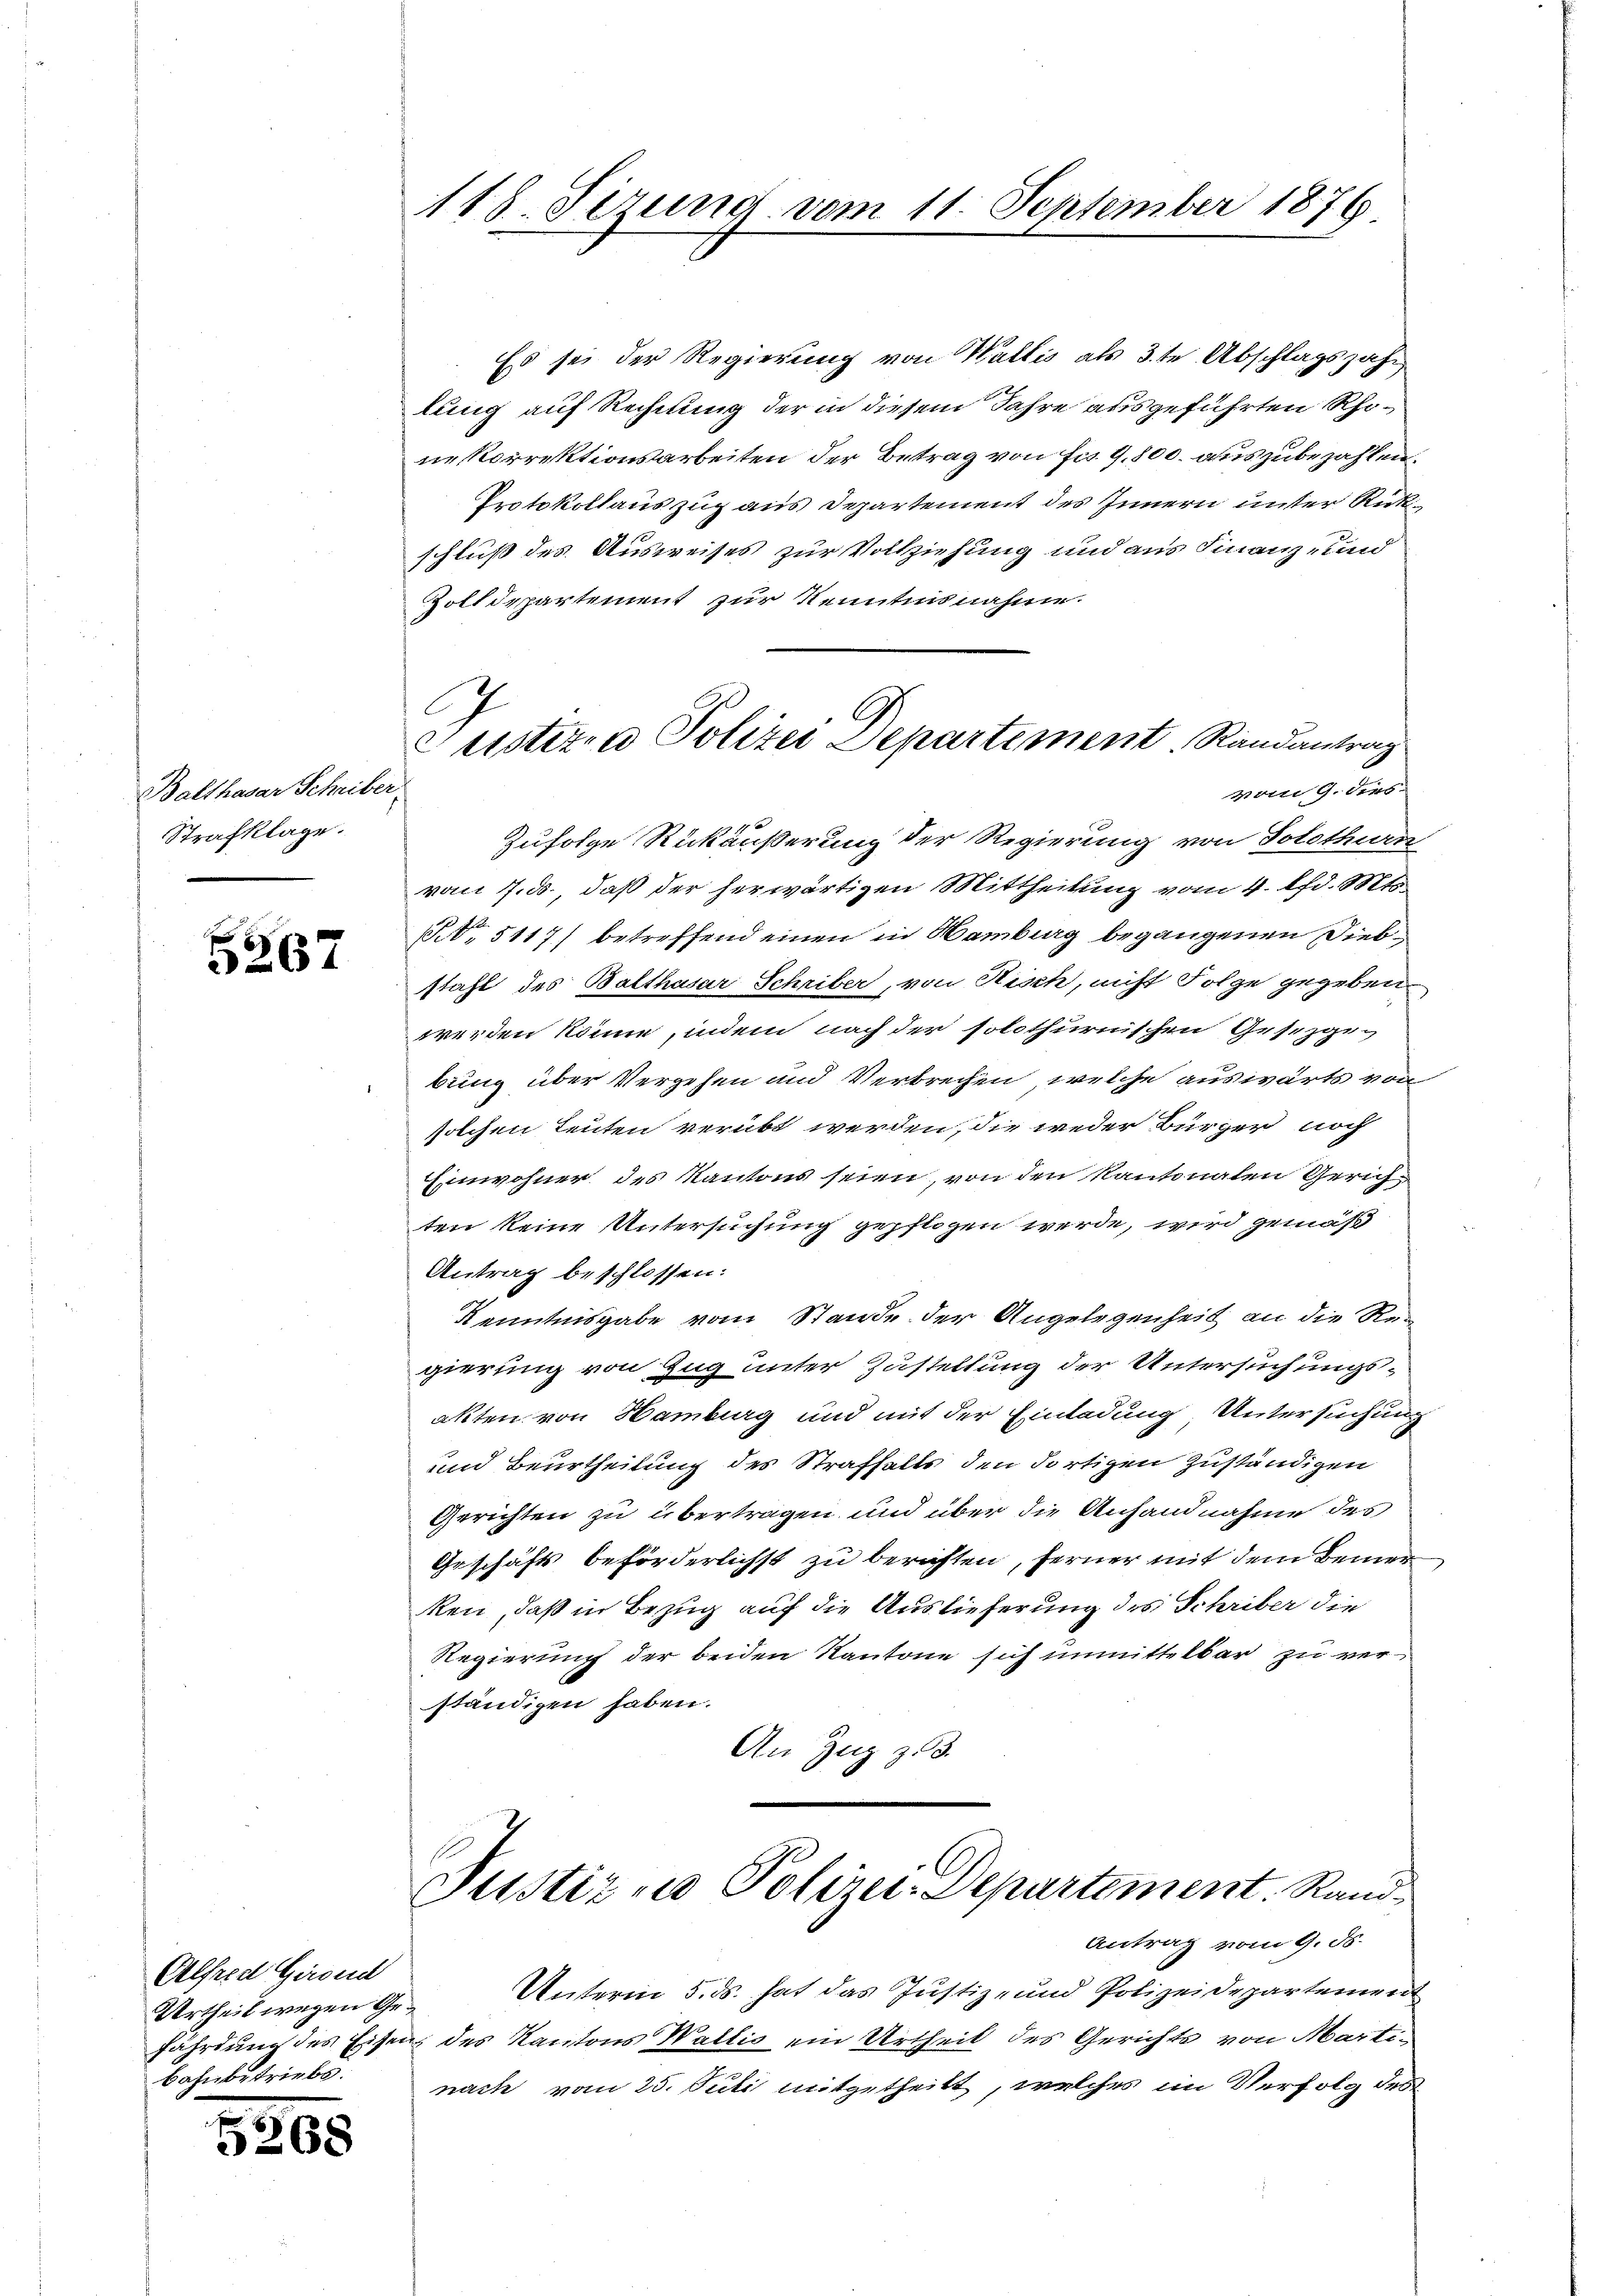
Balthasar Scheiber
Strafklage.

5267

Alfred Girond
Urtheil wegen Gefährdung des Eisen
bahnbetriebs

5268

118. Sierung vom 11. September 1876

G
G
ustizen Polizei Departement. Randantrag
vom 9. dies

Es sei der Regierung von Wallis als 3te Abschlagszahr
lung auf Rechnung der in diesem Jahre ausgeführten Rhoneskorrektionsarbeiten der Betrag von Fr. 1,800. auszubezahlen.
Protokollauszug aus Departement des Innern unter Rückschluß des Ausweises zur Vollziehung und aus Finanz- und
Zolldepartement zur Kenntnisnahme.
Zufolge Rückäußerung der Regierung von Solothurn
vom 7. ds., daß der herwärtigen Mittheilung vom 4. d. Mt
 5117) betreffend einen in Hamburg begangenen Diebstahl des Balthasar Schriber, von Risch, nicht Folge gegeben.
werden könne, indem nach der solothurnischen Gesezgebung über Vergehen und Verbrechen, welche auswärts von
solchen Leuten verübt werden, die weder Bürger noch
Einwohner des Kantons seien, von den kantonalen Gerich
ten keine Untersuchung gepflogen werde, wird gemäß
Antrag beschlossen:
Kenntnisgabe vom Stande der Angelegenheit an die Regierung von Zug unter Zustellung der Untersuchungsakten von Hamburg und mit der Einladung, Untersuchung
und Beurtheilung des Strafhalts den dortigen zuständigen
Gerichten zu übertragen und über die Anfandnahme des
Geschäfts beförderlichst zu berichten, ferner mit dem Bemerken, daß in Bezug auf die Auslieferung des Schriber die
Regierung der beiden Kantone sich unmittelbar zu ver-
ständigen haben.
An Zug zu 3.

Justiz & Polizei-Departement. Rand¬

Antrag vom 9. ds.

Unterm 5. ds. hat das Justiz- und Polizeidepartement
des Kantons Wallis ein Urtheil des Gerichts von Martinach vom 25. Juli mitgetheilt, welches im Verfolg des